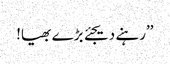
’’رہنے دیجئے بڑے بھیا!